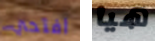
افتحي هيا